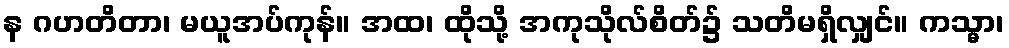
န ဂဟတိတာ၊ မယူအပ်ကုန်။ အထ၊ ထိုသို့ အကုသိုလ်စိတ်၌ သတိမရှိလျှင်။ ကသ္မာ၊